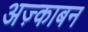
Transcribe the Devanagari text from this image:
अज़्काबन